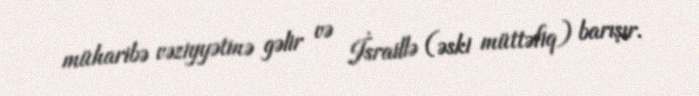
müharibə vəziyyətinə gəlir və İsraillə (əski müttəfiq) barışır.